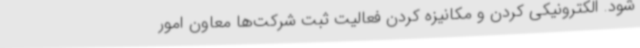
شود. الکترونیکی کردن و مکانیزه کردن فعالیت ثبت شرکت‌ها معاون امور